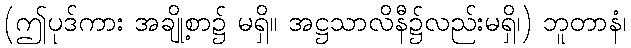
(ဤပုဒ်ကား အချို့စာ၌ မရှိ။ အဋ္ဌသာလိနီ၌လည်းမရှိ၊) ဘူတာနံ၊